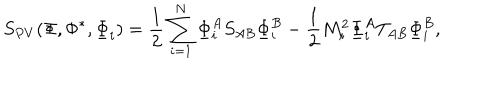
S _ { P V } ( \Phi , \Phi ^ { * } , \underline { { \Phi } } _ { i } ) = \frac { 1 } { 2 } \sum _ { i = 1 } ^ { N } { \underline { { \Phi } } } _ { i } ^ { A } S _ { A B } { \underline { { \Phi } } } _ { i } ^ { B } - \frac { 1 } { 2 } M _ { i } ^ { 2 } { \underline { { \Phi } } } _ { i } ^ { A } T _ { A B } { \underline { { \Phi } } } _ { i } ^ { B } ,